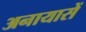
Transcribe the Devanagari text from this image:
अनायासें